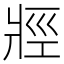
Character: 𱭐